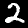
Digit: 2